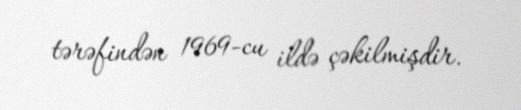
tərəfindən 1969-cu ildə çəkilmişdir.